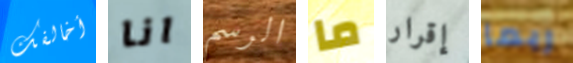
أخالفك انا الرسم ما إقرار ربما